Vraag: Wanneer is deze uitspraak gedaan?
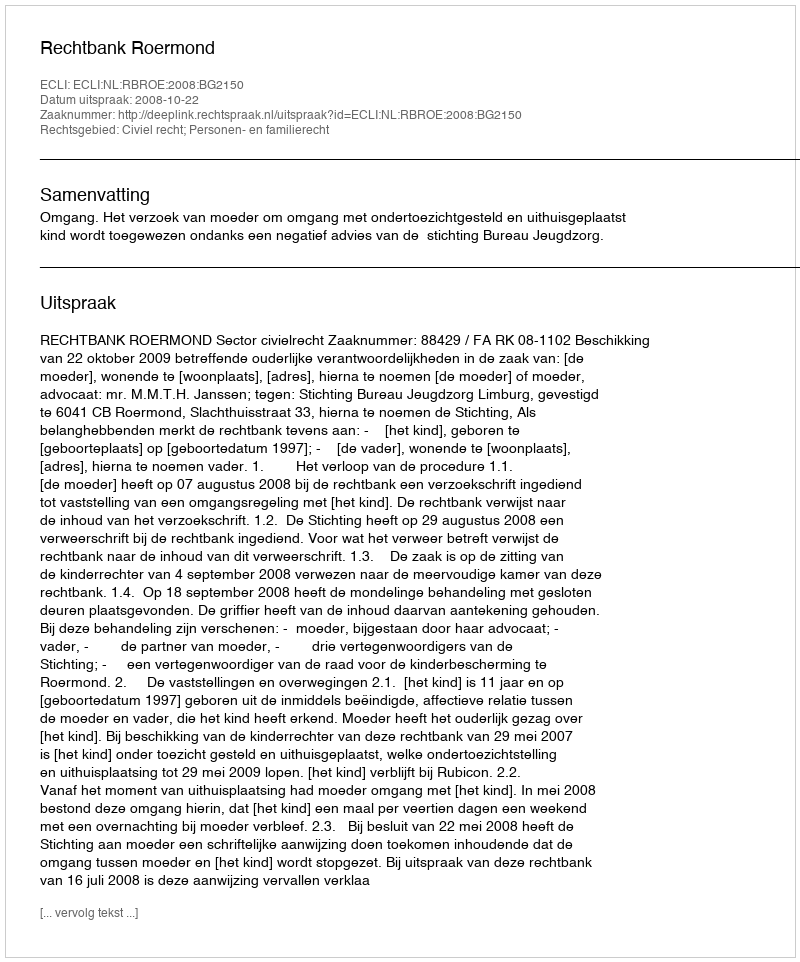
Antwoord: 2008-10-22